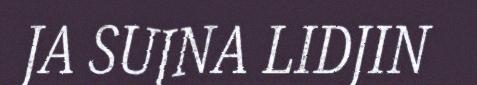
JA SUJNA LIDJIN